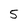
Character: 5